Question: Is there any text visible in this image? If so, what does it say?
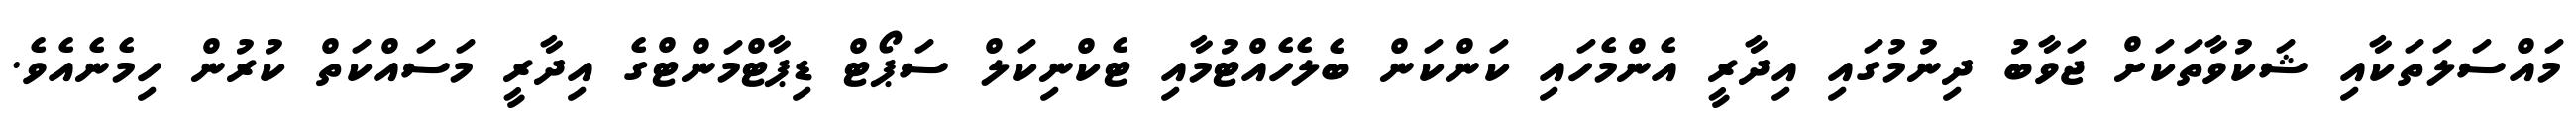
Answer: މައްސަލަތަކާއި ޝަކުވާތަކަށް ޖަވާބު ދިނުމުގައި އިދާރީ އެންމެހައި ކަންކަން ބެލެހެއްޓުމާއި ޓެކްނިކަލް ސަޕޯޓް ޑިޕާޓްމަންޓްގެ އިދާރީ މަސައްކަތް ކުރުން ހިމެނެއެވެ.